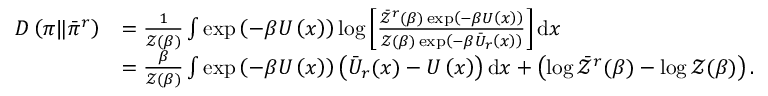
\begin{array} { r l } { D \left( \pi \| \Bar { \pi } ^ { r } \right) } & { = \frac { 1 } { \mathcal { Z } ( \beta ) } \int \exp \left( - \beta U \left( x \right) \right) \log \left[ \frac { \Bar { \mathcal { Z } } ^ { r } ( \beta ) \exp \left( - \beta U \left( x \right) \right) } { \mathcal { Z } ( \beta ) \exp \left( - \beta \Bar { U } _ { r } \left( x \right) \right) } \right] \mathrm { d } x } \\ & { = \frac { \beta } { \mathcal { Z } ( \beta ) } \int \exp \left( - \beta U \left( x \right) \right) \left( \Bar { U } _ { r } ( x ) - U \left( x \right) \right) \mathrm { d } x + \left( \log \Bar { \mathcal { Z } } ^ { r } ( \beta ) - \log \mathcal { Z } ( \beta ) \right) . } \end{array}